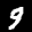
Label: 9